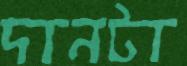
দানটা